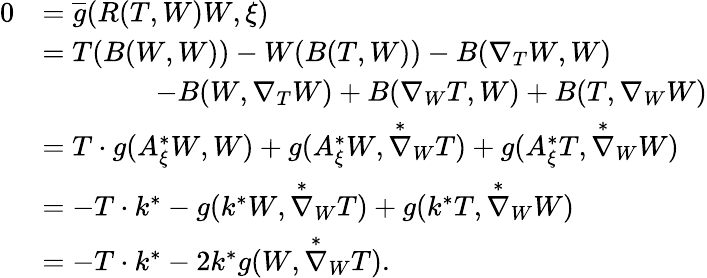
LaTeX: \begin{array}{rl}{0}&{=\overline{{g}}(R(T,W)W,\xi)}\\ &{=T(B(W,W))-W(B(T,W))-B(\nabla_{T}W,W)}\\ &{\qquad\qquad-B(W,\nabla_{T}W)+B(\nabla_{W}T,W)+B(T,\nabla_{W}W)}\\ &{=T\cdot g(A_{\xi}^{*}W,W)+g(A_{\xi}^{*}W,\overset{*}{\nabla}_{W}T)+g(A_{\xi}^{*}T,\overset{*}{\nabla}_{W}W)}\\ &{=-T\cdot k^{*}-g(k^{*}W,\overset{*}{\nabla}_{W}T)+g(k^{*}T,\overset{*}{\nabla}_{W}W)}\\ &{=-T\cdot k^{*}-2k^{*}g(W,\overset{*}{\nabla}_{W}T).}\end{array}